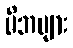
မိဘများ